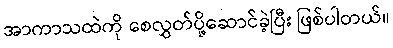
အာကာသထဲကို စေလွှတ်ပို့ဆောင်ခဲ့ပြီး ဖြစ်ပါတယ်။